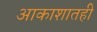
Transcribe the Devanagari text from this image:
आकाशातही